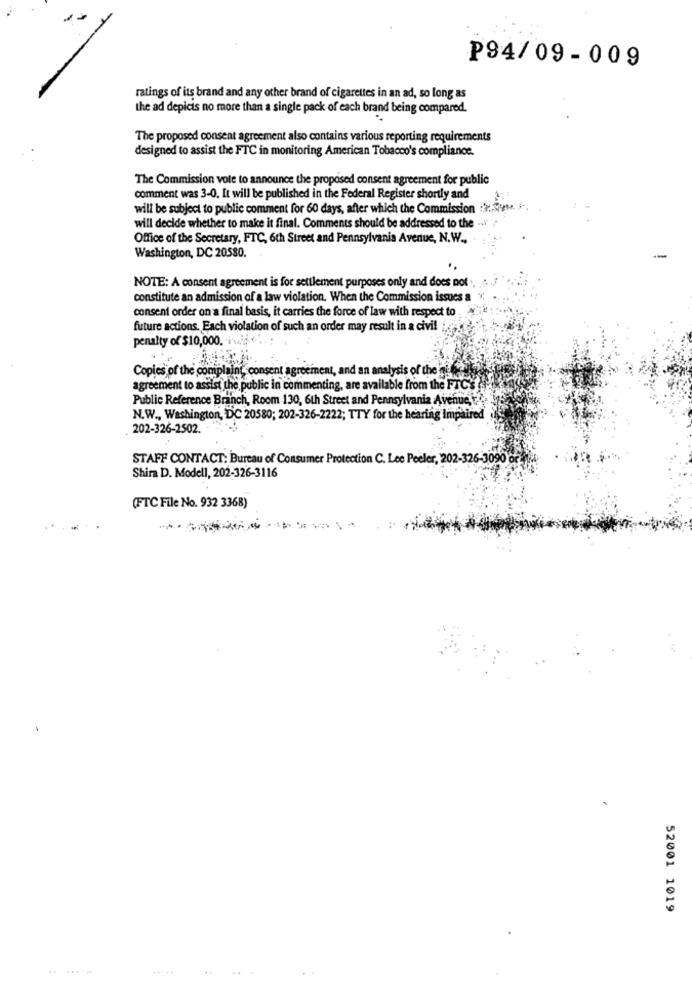
P94/09-009
ratings of its brand and any other brand of cigarettes in an ad, so long as
the ad depicis no more than a single pack of each brand being compared.
The proposed consent agreement also contains various reporting requirements
designed to assist the FTC in monitoring American Tobacco's compliance.
The Commission vote to announce the proposed consent agreement for public
comment was 3-0, It will be published in the Federal Register shortly and
will be subject to public comment for 60 days, after which the Commission :r.
will decide whether to make it final. Comments should be addressed to the
Office of the Secretary, FTC, 6th Street and Pennsylvania Avenue, N.W .,
Washington, DC 20580.
NOTE: A consent agreement is for settlement purposes only and does not .. .. .
constitute an admission of a law violation. When the Commission issues a ",
consent order on a final basis, it carries the force of law with respect to
future actions. Each violation of such an order may result in a civil i.
penalty of $10,000.
Copies of the complaint, consent agreement, and an analysis of the qu
agreement to assist the public in commenting, are available from the FTICS
Public Reference Branch, Room 130, 6th Street and Pennsylvania Avenue ,..
N.W ., Washington, DC 20580; 202-326-2222; TTY for the hearing Impaired
202-326-2502.
STAFF CONTACT: Bureau of Consumer Protection C. Lee Peeler, 202-326-3090 or
Shira D. Modell, 202-326-3116
(FTC File No. 932 3368)
52001 1019
.. .